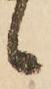
候